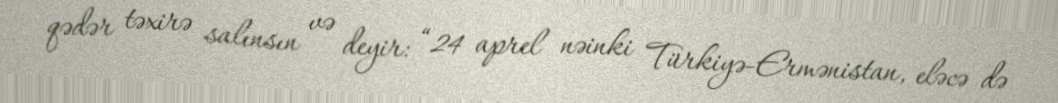
qədər təxirə salınsın və deyir: “24 aprel nəinki Türkiyə-Ermənistan, eləcə də